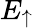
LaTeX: E_{\uparrow}